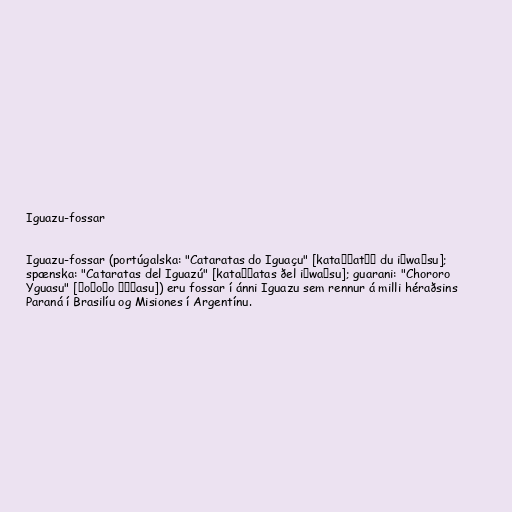
Iguazu-fossar

Iguazu-fossar (portúgalska: "Cataratas do Iguaçu" [kataˈɾatɐʒ du iɡwaˈsu];
spænska: "Cataratas del Iguazú" [kataˈɾatas ðel iɣwaˈsu]; guarani: "Chororo
Yguasu" [ɕoɾoɾo ɨɣʷasu]) eru fossar í ánni Iguazu sem rennur á milli héraðsins
Paraná í Brasilíu og Misiones í Argentínu.